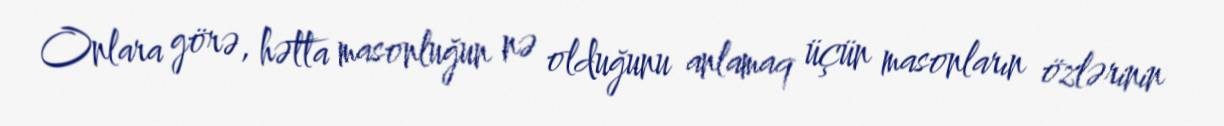
Onlara görə, hətta masonluğun nə olduğunu anlamaq üçün masonların özlərinin